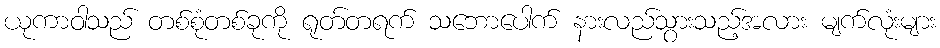
ယုကာဝါသည် တစ်စုံတစ်ခုကို ရုတ်တရက် သဘောပေါက် နားလည်သွားသည့်အလား မျက်လုံးများ